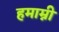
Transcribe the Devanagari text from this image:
हमाम्नी